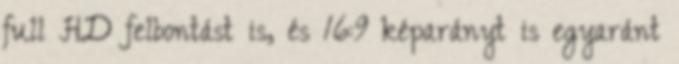
full HD felbontást is, és 16:9 képarányt is egyaránt